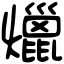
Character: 爉